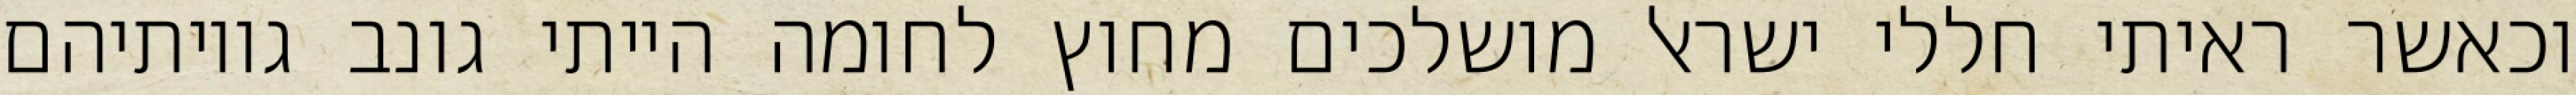
וכאשר ראיתי חללי ישראל מושלכים מחוץ לחומה הייתי גונב גויותיהם